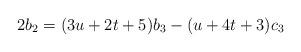
LaTeX: \begin{align*}& 2b_2=(3u+2t+5)b_3-(u+4t+3)c_3\end{align*}